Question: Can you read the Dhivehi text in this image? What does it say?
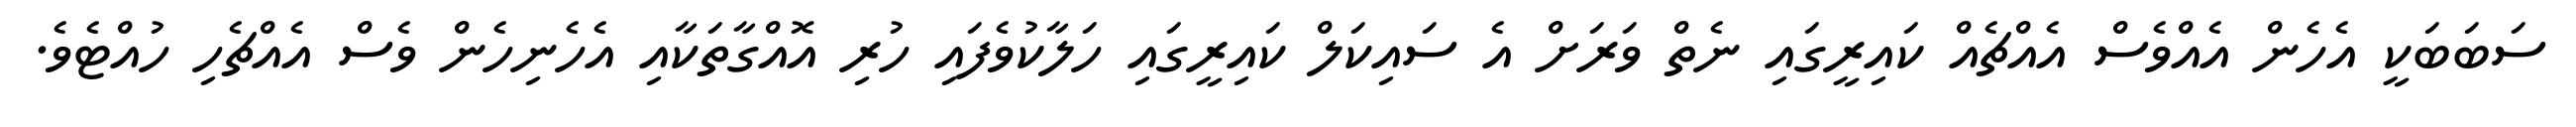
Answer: ސަބަބަކީ އެހެން އެއްވެސް އެއްޗެއް ކައިރީގައި ނެތް ވަރަށް އެ ސައިކަލް ކައިރީގައި ހަލާކުވެފައި ހުރި އޮއްގާތަކާއި އެހެނިހެން ވެސް އެއްޗެހި ހުއްޓެވެ.